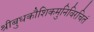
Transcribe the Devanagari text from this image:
श्रीबुधकौशिकमुनिविरचितं